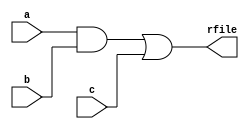
module vectoroperations(a,b,c,rfile);
input [3:0] a,b,c;
output [3:0] rfile;
assign rfile =(a&b)|c;
endmodule